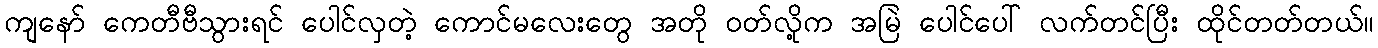
ကျနော် ကေတီဗီသွားရင် ပေါင်လှတဲ့ ကောင်မလေးတွေ အတို ဝတ်လို့က အမြဲ ပေါင်ပေါ် လက်တင်ပြီး ထိုင်တတ်တယ်။